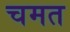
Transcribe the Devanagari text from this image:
चमत